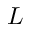
L